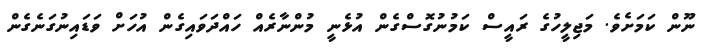
ނޫން ކަމަށެވެ. މަޖިލީހުގެ ރައީސް ކަމުނުގޮސްގެން އުޅެނީ މުންނާރެއް ހައްދަވައިގެން އުހަށް ވަޑައިނުގަނެގެން